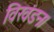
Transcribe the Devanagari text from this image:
विखंडन।